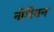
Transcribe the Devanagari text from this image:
नोरियन